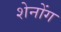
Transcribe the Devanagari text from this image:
शेनोंग